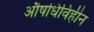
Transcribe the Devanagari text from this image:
औषधिविहीन